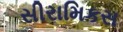
સીરામિકસ